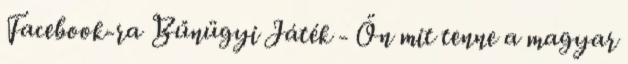
Facebook-ra Bűnügyi Játék - Ön mit tenne a magyar